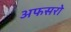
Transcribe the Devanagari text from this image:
अफसरो